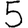
Digit: 5